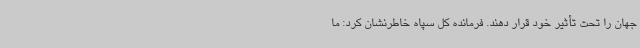
جهان را تحت تأثیر خود قرار دهند. فرمانده کل سپاه خاطرنشان کرد: ما